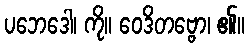
ပဘေဒေါ၊ ကို။ ဝေဒိတဗ္ဗော၊ ၏။